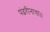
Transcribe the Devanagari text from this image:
पंढरीनाथा।।